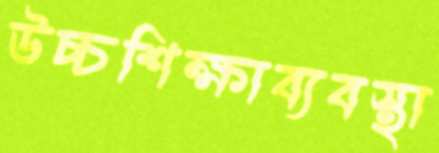
উচ্চশিক্ষাব্যবস্থা